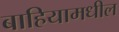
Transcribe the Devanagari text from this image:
बाहियामधील